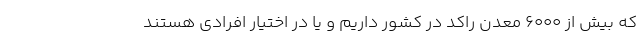
که بیش از 6000 معدن راکد در کشور داریم و یا در اختیار افرادی هستند